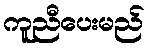
ကူညီပေးမည်